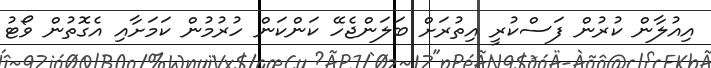
އިއުލާން ކުރުން ފަސްކުރީ އިތުރަށް ބަލަންޖެހޭ ކަންކަން ހުރުމުން ކަމަށާއި އެގޮތުން ވޯޓު